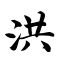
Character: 洪